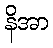
နိအာ